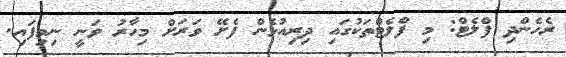
ރެހެންދި ފްލެޓް: މި ފްލެޓްތަކުގައި ދިރިއުޅެން ފެށޭ ވަރަށް މިހާރު ވަނީ ނިމިފައި.